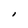
Character: I